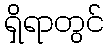
ရှိရာတွင်